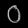
Digit: ၀